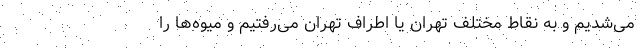
می‌شدیم و به نقاط مختلف تهران یا اطراف تهران می‌رفتیم و میوه‌ها را